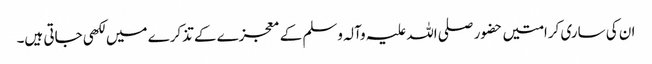
ان کی ساری کرامتیں حضور صلی اللہ علیہ وآلہ وسلم کے معجزے کے تذکرے میں لکھی جاتی ہیں۔